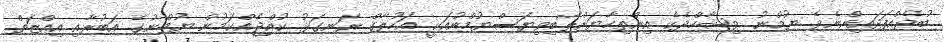
ބުދެއްފަދައިންނެވެ. ޔުމްނު ވިޝާހްދެކެ އިންތިހާޔަށްލޯބިވިޔަސްޔުމްނުއަކީ އަހުލާޤް ރަނގަޅު ކުއްޖެއްކަމުން ޔުމްނުގެ އަބުރާއި އިއްޒަތް